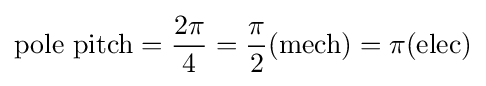
{\text{pole pitch}}={\frac {2\pi }{4}}={\frac {\pi }{2}}({\text{mech}})=\pi ({\text{elec}})